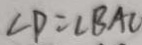
\angle P = \angle B A C